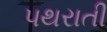
પથરાતી